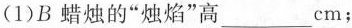
(1)B蜡烛的”烛焰”高___cm；